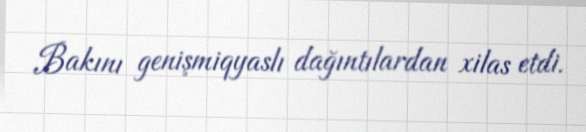
Bakını genişmiqyaslı dağıntılardan xilas etdi.